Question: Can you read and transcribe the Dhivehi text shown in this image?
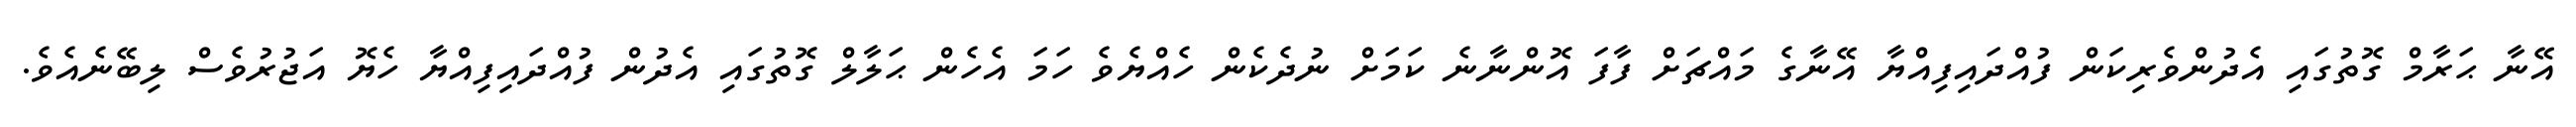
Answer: އޭނާ ޙަރާމް ގޮތުގައި އެދުންވެރިކަން ފުއްދައިފިއްޔާ އޭނާގެ މައްޗަށް ފާފަ އޮންނާނެ ކަމަށް ނުދެކެން ހެއްޔެވެ ހަމަ އެހެން ޙަލާލް ގޮތުގައި އެދުން ފުއްދައިފިއްޔާ ހެޔޮ އަޖުރުވެސް ލިބޭނެއެވެ.